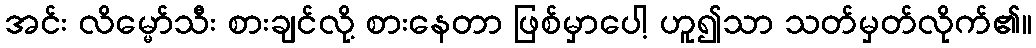
အင်း လိမ္မော်သီး စားချင်လို့ စားနေတာ ဖြစ်မှာပေါ့ ဟူ၍သာ သတ်မှတ်လိုက်၏။